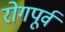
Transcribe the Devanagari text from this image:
रोगपूर्व